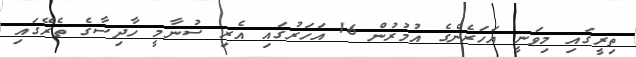
ތިރީގައި މިވަނީ އަހަރެންގެ އުމުރުން 16 އަހަރުގައި އެރި ސުނާމީ ހާދިސާގެ ތެރޭގައި